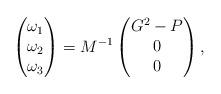
LaTeX: \begin{align*}\begin{pmatrix}\omega_1\\\omega_2\\\omega_3\end{pmatrix}=M^{-1}\begin{pmatrix}G^2-P\\0\\0\end{pmatrix},\end{align*}